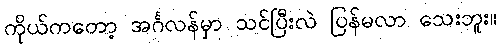
ကိုယ်ကတော့ အင်္ဂလန်မှာ သင်ပြီးလဲ ပြန်မလာ သေးဘူး။